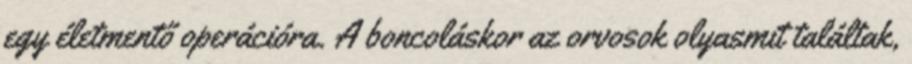
egy életmentő operációra. A boncoláskor az orvosok olyasmit találtak,